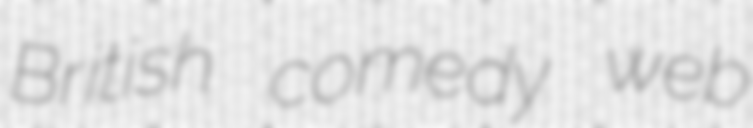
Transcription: British comedy web